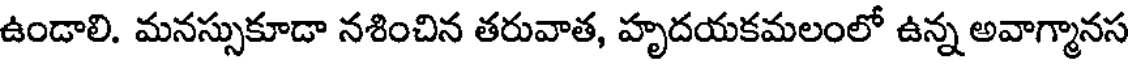
ఉండాలి. మనస్సుకూడా నశించిన తరువాత, హృదయకమలంలో ఉన్న అవాగ్మానస